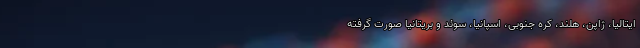
ایتالیا، ژاپن، هلند، کره جنوبی، اسپانیا، سوئد و بریتانیا صورت گرفته